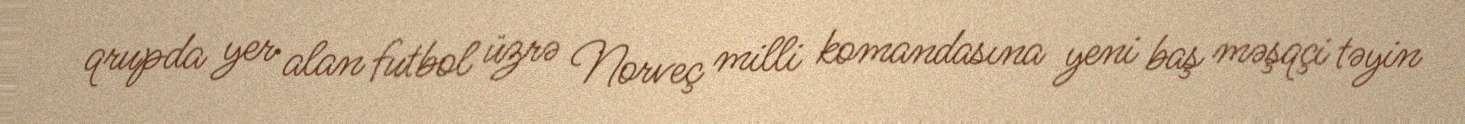
qrupda yer alan futbol üzrə Norveç milli komandasına yeni baş məşqçi təyin